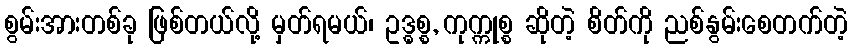
စွမ်းအားတစ်ခု ဖြစ်တယ်လို့ မှတ်ရမယ်၊ ဥဒ္ဓစ္စ, ကုက္ကုစ္စ ဆိုတဲ့ စိတ်ကို ညစ်နွမ်းစေတက်တဲ့